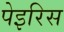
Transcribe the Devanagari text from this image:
पेइरिस